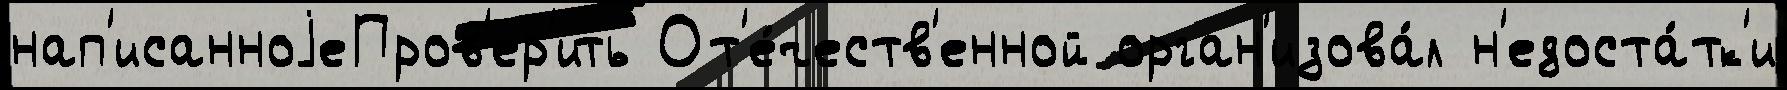
нап'исанноjеПров'ер'ить От'е́честв'енной орган'изова́л н'едоста́тк'и